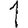
Digit: 1